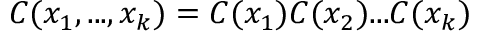
C ( x _ { 1 } , . . . , x _ { k } ) = C ( x _ { 1 } ) C ( x _ { 2 } ) . . . C ( x _ { k } )